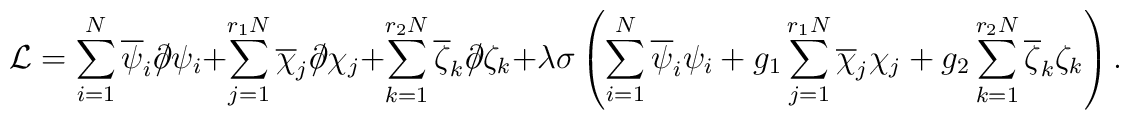
\mathcal{L}=\sum_{i=1}^{N}\overline{\psi }_{i}\partial \!\!\!\slash\psi_{i}+\sum_{j=1}^{r_{1}N}\overline{\chi }_{j}\partial \!\!\!\slash\chi_{j}+\sum_{k=1}^{r_{2}N}\overline{\zeta }_{k}\partial \!\!\!\slash\zeta_{k}+\lambda \sigma \left( \sum_{i=1}^{N}\overline{\psi }_{i}\psi_{i}+g_{1}\sum_{j=1}^{r_{1}N}\overline{\chi }_{j}\chi_{j}+g_{2}\sum_{k=1}^{r_{2}N}\overline{\zeta }_{k}\zeta _{k}\right) .